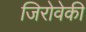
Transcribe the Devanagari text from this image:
जिरोवेकी